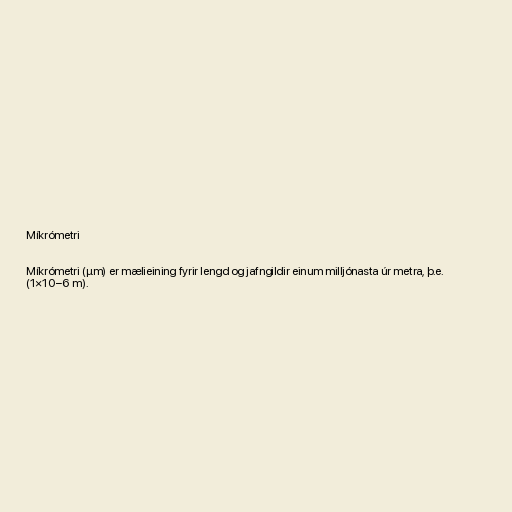
Míkrómetri

Míkrómetri (µm) er mælieining fyrir lengd og jafngildir einum milljónasta úr metra, þ.e.
(1×10−6 m).